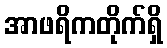
အာဖရိကတိုက်ရှိ